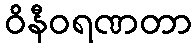
ဝိနီဝရဏတာ